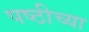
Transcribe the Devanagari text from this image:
पष्ठीच्या